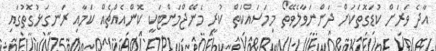
އާދެ ވަރަށް ކުޑަގޮތަކަށް ދަންނަވާލެވޭތޯ މިމަސައްކަތް ކުރީ މެނޭޖްމަންޓަކީ ކޮންއެއްޗެއް ކަމާއި ރަނގަޅުގޮތުގައި